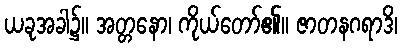
ယခုအခါ၌။ အတ္တနော၊ ကိုယ်တော်၏။ ဇာတနဂရာဒိ၊